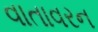
વાતાવરન